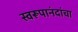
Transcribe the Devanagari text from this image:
स्वरूपानंदांचा